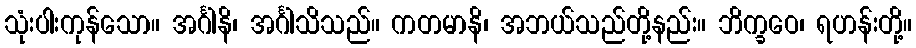
သုံးပါးကုန်သော။ အင်္ဂါနိ၊ အင်္ဂါသိသည်။ ကတမာနိ၊ အဘယ်သည်တို့နည်း။ ဘိက္ခဝေ၊ ရဟန်းတို့။